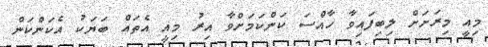
މިއީ މިރަށަށް ލިބިފައިވާ ހާއްސަ ކަންކަމަށްވާ އިރު މިއީ އެތައް ބަޔަކު އެކަންކަން